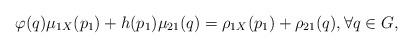
LaTeX: \begin{align*}\varphi(q)\mu_{1X}(p_1)+h(p_1)\mu_{21}(q)=\rho_{1X}(p_1)+\rho_{21}(q),\forall q\in G, \end{align*}